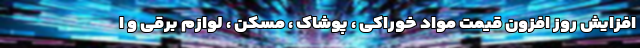
افزایش روز افزون قیمت مواد خوراکی ، پوشاک ، مسکن ، لوازم برقی و ا